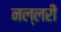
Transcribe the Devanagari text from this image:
नल्लरी